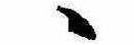
ゝ